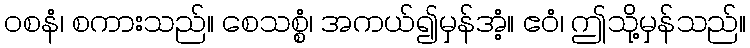
ဝစနံ၊ စကားသည်။ စေသစ္စံ၊ အကယ်၍မှန်အံ့။ ဧဝံ၊ ဤသို့မှန်သည်။